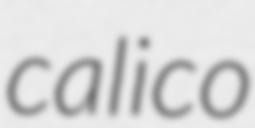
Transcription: calico